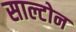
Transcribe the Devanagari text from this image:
साल्टोन